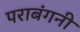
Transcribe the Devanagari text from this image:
पराबंगनी